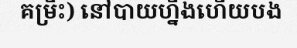
គម្រិះ) នៅបាយហ្នឹងហើយបង